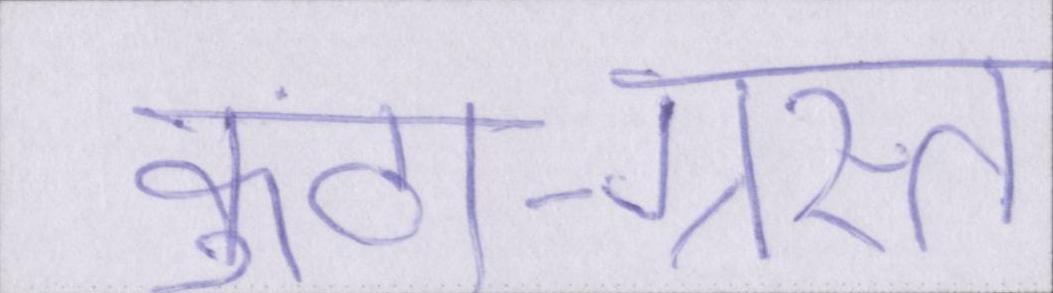
कुंठा-ग्रस्त